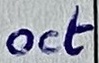
Text: oct